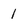
Character: 1